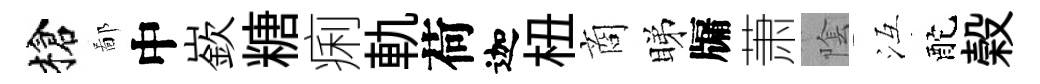
槍鄙中嶔糖痢軌荷迦杻商睇牖萧隂冱酡榖